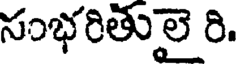
సంభరితులై రి.